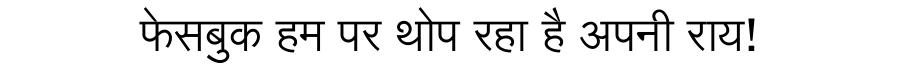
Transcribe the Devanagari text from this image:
फेसबुक हम पर थोप रहा है अपनी राय!